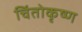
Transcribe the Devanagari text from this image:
चिंतोकृष्ण